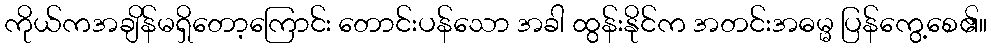
ကိုယ်ကအချိန်မရှိတော့ကြောင်း တောင်းပန်သော အခါ ထွန်းနိုင်က အတင်းအဓမ္မ ပြန်ကွေ့စေ၏။